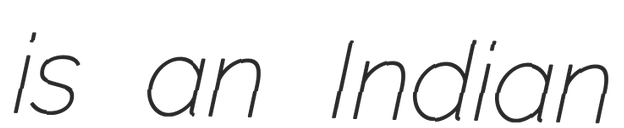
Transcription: is an Indian